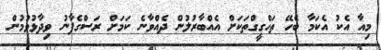
މިއާ އެކު އެކަމާ ބެހޭ ތަހްގީގްތަކަށް އެއްބާރުލުން ދެއްވާނެ ކަމަށް ރަސްގެފާނު ވިދާޅުވުމުން